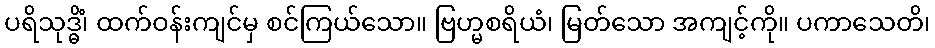
ပရိသုဒ္ဓိံ၊ ထက်ဝန်းကျင်မှ စင်ကြယ်သော။ ဗြဟ္မစရိယံ၊ မြတ်သော အကျင့်ကို။ ပကာသေတိ၊